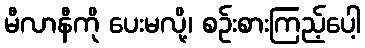
မီလာနီကို ပေးမလို့၊ စဉ်းစားကြည့်ပေါ့